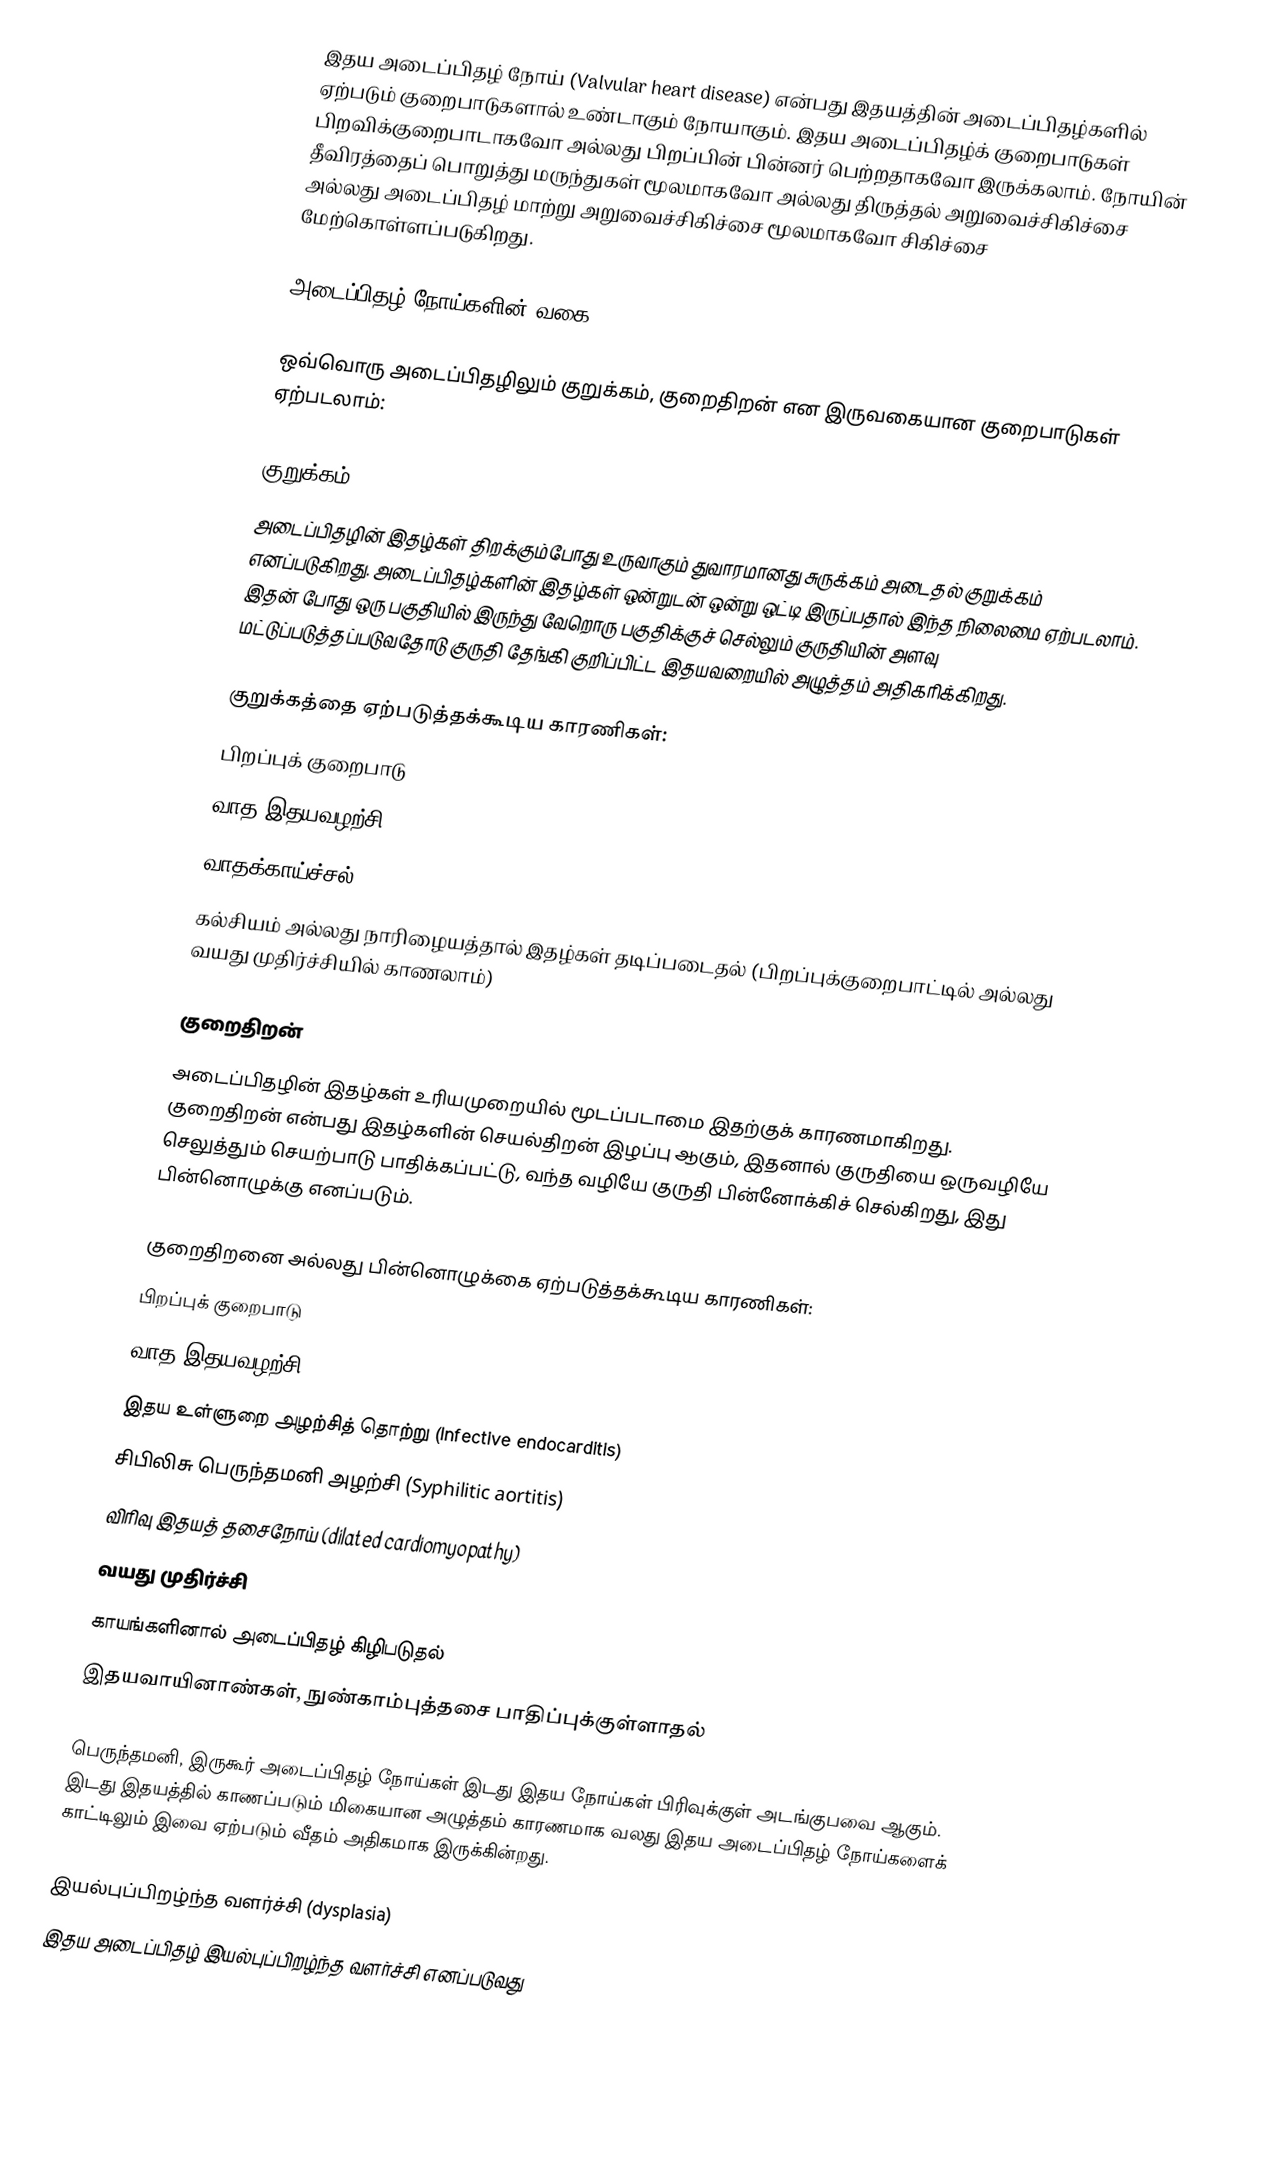
இதய அடைப்பிதழ் நோய் (Valvular heart disease) என்பது இதயத்தின் அடைப்பிதழ்களில் ஏற்படும் குறைபாடுகளால் உண்டாகும் நோயாகும். இதய அடைப்பிதழ்க் குறைபாடுகள் பிறவிக்குறைபாடாகவோ அல்லது பிறப்பின் பின்னர் பெற்றதாகவோ இருக்கலாம். நோயின் தீவிரத்தைப் பொறுத்து மருந்துகள் மூலமாகவோ அல்லது திருத்தல் அறுவைச்சிகிச்சை அல்லது அடைப்பிதழ் மாற்று அறுவைச்சிகிச்சை மூலமாகவோ சிகிச்சை மேற்கொள்ளப்படுகிறது.

அடைப்பிதழ் நோய்களின் வகை

ஒவ்வொரு அடைப்பிதழிலும் குறுக்கம், குறைதிறன் என இருவகையான குறைபாடுகள் ஏற்படலாம்:

குறுக்கம்
அடைப்பிதழின் இதழ்கள் திறக்கும்போது உருவாகும் துவாரமானது சுருக்கம் அடைதல் குறுக்கம் எனப்படுகிறது. அடைப்பிதழ்களின் இதழ்கள் ஒன்றுடன் ஒன்று ஒட்டி இருப்பதால் இந்த நிலைமை ஏற்படலாம். இதன் போது ஒரு பகுதியில் இருந்து வேறொரு பகுதிக்குச் செல்லும் குருதியின் அளவு மட்டுப்படுத்தப்படுவதோடு குருதி தேங்கி குறிப்பிட்ட இதயவறையில் அழுத்தம் அதிகரிக்கிறது.

குறுக்கத்தை ஏற்படுத்தக்கூடிய காரணிகள்:
 பிறப்புக் குறைபாடு
 வாத இதயவழற்சி (rheumatic carditis)
 வாதக்காய்ச்சல் (rheumatic fever)
 கல்சியம் அல்லது நாரிழையத்தால் இதழ்கள் தடிப்படைதல்  (பிறப்புக்குறைபாட்டில் அல்லது வயது முதிர்ச்சியில் காணலாம்)

குறைதிறன்
அடைப்பிதழின் இதழ்கள் உரியமுறையில் மூடப்படாமை இதற்குக் காரணமாகிறது. குறைதிறன் என்பது இதழ்களின் செயல்திறன் இழப்பு ஆகும், இதனால் குருதியை ஒருவழியே செலுத்தும் செயற்பாடு பாதிக்கப்பட்டு, வந்த வழியே குருதி பின்னோக்கிச் செல்கிறது, இது பின்னொழுக்கு எனப்படும்.

குறைதிறனை அல்லது பின்னொழுக்கை ஏற்படுத்தக்கூடிய காரணிகள்:
 பிறப்புக் குறைபாடு
 வாத இதயவழற்சி
 இதய உள்ளுறை அழற்சித் தொற்று (Infective endocarditis)
 சிபிலிசு பெருந்தமனி அழற்சி (Syphilitic aortitis)
 விரிவு இதயத் தசைநோய் (dilated cardiomyopathy)
 வயது முதிர்ச்சி
 காயங்களினால் அடைப்பிதழ் கிழிபடுதல்
 இதயவாயினாண்கள், நுண்காம்புத்தசை பாதிப்புக்குள்ளாதல்

பெருந்தமனி, இருகூர் அடைப்பிதழ் நோய்கள் இடது இதய நோய்கள் பிரிவுக்குள் அடங்குபவை ஆகும். இடது இதயத்தில் காணப்படும் மிகையான அழுத்தம் காரணமாக வலது இதய அடைப்பிதழ் நோய்களைக் காட்டிலும் இவை ஏற்படும் வீதம் அதிகமாக இருக்கின்றது.

இயல்புப்பிறழ்ந்த வளர்ச்சி (dysplasia)
இதய அடைப்பிதழ் இயல்புப்பிறழ்ந்த வளர்ச்சி எனப்படுவது